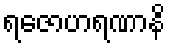
ရဇောဟရဏာနိ